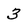
Character: 3